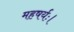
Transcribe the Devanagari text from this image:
महषर्यः।